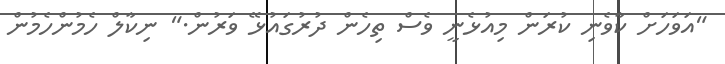
"އަވަހަށް ކާވެނި ކުރަން މިއުޅެނީ ވެސް ތިހެން ދުރުގައުޅޭ ވަރުން." ނިކާލް ހެމުންހެމުން